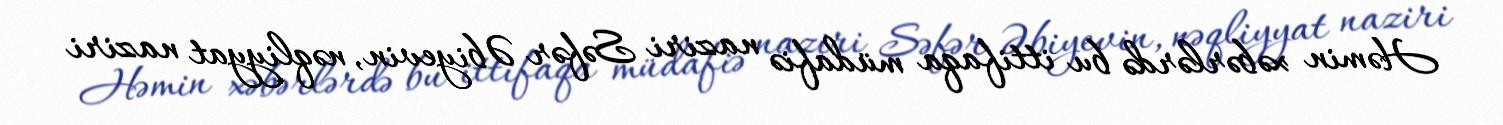
Həmin xəbərlərdə bu ittifaqa müdafiə naziri Səfər Əbiyevin, nəqliyyat naziri